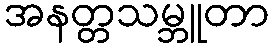
အနတ္တသမ္ဘူတာ